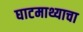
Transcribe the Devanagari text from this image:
घाटमाथ्याचा